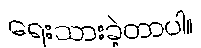
ရေးသားခဲ့တာပါ။